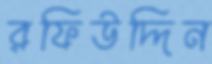
রফিউদ্দিন